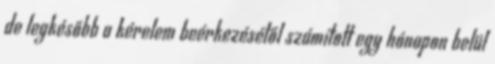
de legkésőbb a kérelem beérkezésétől számított egy hónapon belül